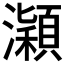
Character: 𤃡